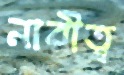
নারীত্ব